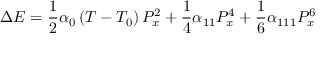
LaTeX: \Delta E = { \frac { 1 } { 2 } } \alpha _ { 0 } \left( T - T _ { 0 } \right) P _ { x } ^ { 2 } + { \frac { 1 } { 4 } } \alpha _ { 1 1 } P _ { x } ^ { 4 } + { \frac { 1 } { 6 } } \alpha _ { 1 1 1 } P _ { x } ^ { 6 }